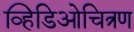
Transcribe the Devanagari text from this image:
व्हिडिओचित्रण